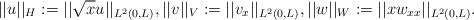
\begin{align*}||u||_H : = ||\sqrt{x} u||_{L^2(0,L)},||v||_V := ||v_x||_{L^2(0,L)}, ||w||_W := ||xw_{xx}||_{L^2(0,L)}. \end{align*}